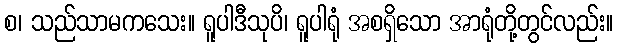
စ၊ သည်သာမကသေး။ ရူပါဒီသုပိ၊ ရူပါရုံ အစရှိသော အာရုံတို့တွင်လည်း။